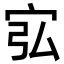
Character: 宖